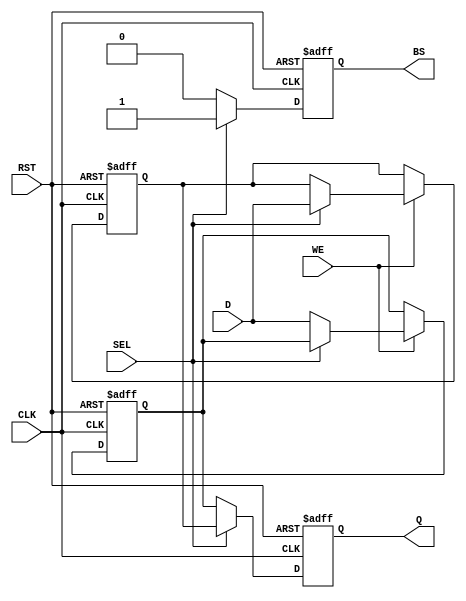
module double_buffer_register (
    input wire [N-1:0] D,      // Data In
    input wire WE,              // Write Enable
    input wire CLK,             // Clock
    input wire SEL,             // Select
    input wire RST,             // Asynchronous Reset
    
    output reg [N-1:0] Q,       // Data Out
    output reg BS               // Buffer Status
);
    parameter N = 8;  // Width of the data bus (can be changed as required)

    // Internal registers for the two buffers
    reg [N-1:0] buffer0;
    reg [N-1:0] buffer1;

    // Asynchronous reset logic
    always @(posedge CLK or posedge RST) begin
        if (RST) begin
            buffer0 <= {N{1'b0}};  // Initialize buffer 0 to 0
            buffer1 <= {N{1'b0}};  // Initialize buffer 1 to 0
            Q <= {N{1'b0}};         // Initialize output to 0
            BS <= 1'b0;             // Initialize buffer status to 0
        end else begin
            // Write logic based on Write Enable and Select
            if (WE) begin
                if (SEL) begin
                    buffer1 <= D;   // Write to buffer 1
                end else begin
                    buffer0 <= D;   // Write to buffer 0
                end
            end
            
            // Read logic based on Select
            if (SEL) begin
                Q <= buffer1;       // Read from buffer 1
                BS <= 1'b1;         // Set buffer status to 1
            end else begin
                Q <= buffer0;       // Read from buffer 0
                BS <= 1'b0;         // Set buffer status to 0
            end
        end
    end
endmodule